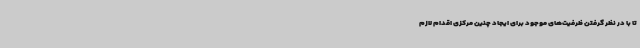
تا با در نظر گرفتن ظرفیت‌های موجود برای ایجاد چنین مرکزی اقدام لازم